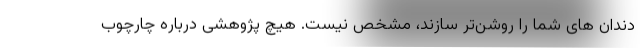
دندان های شما را روشن‌تر سازند، مشخص نیست. هیچ پژوهشی درباره چارچوب